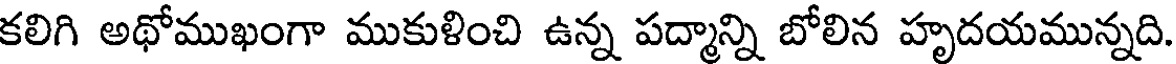
కలిగి అథోముఖంగా ముకుళించి ఉన్న పద్మాన్ని బోలిన హృదయమున్నది.